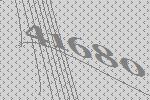
41680